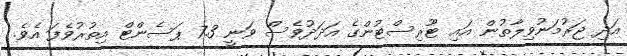
އަދި ޖަރުމަނުވިލާތުން އައި ޓޫރިސްޓުންގެ އަދަދުވެސް ވަނީ 7.3 ޕަސެންޓް އިތުރުވެފަ އެވެ.